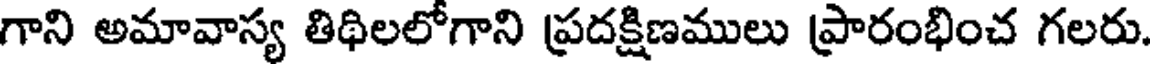
గాని అమావాస్య తిథిలలోగాని ప్రదక్షిణములు ప్రారంభించ గలరు.